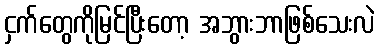
ငှက်တွေကိုမြင်ပြီးတော့ အဘွားဘာဖြစ်သေးလဲ